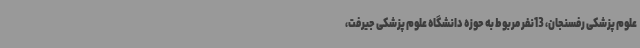
علوم پزشکی رفسنجان، 13نفر مربوط به حوزه دانشگاه علوم پزشکی جیرفت،